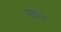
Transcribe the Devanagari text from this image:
सुश्रत